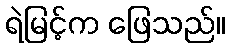
ရဲမြင့်က ဖြေသည်။